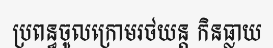
ប្រពន្ធចូលក្រោមរថយន្ត កិនធ្លាយ